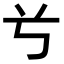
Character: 𠔃